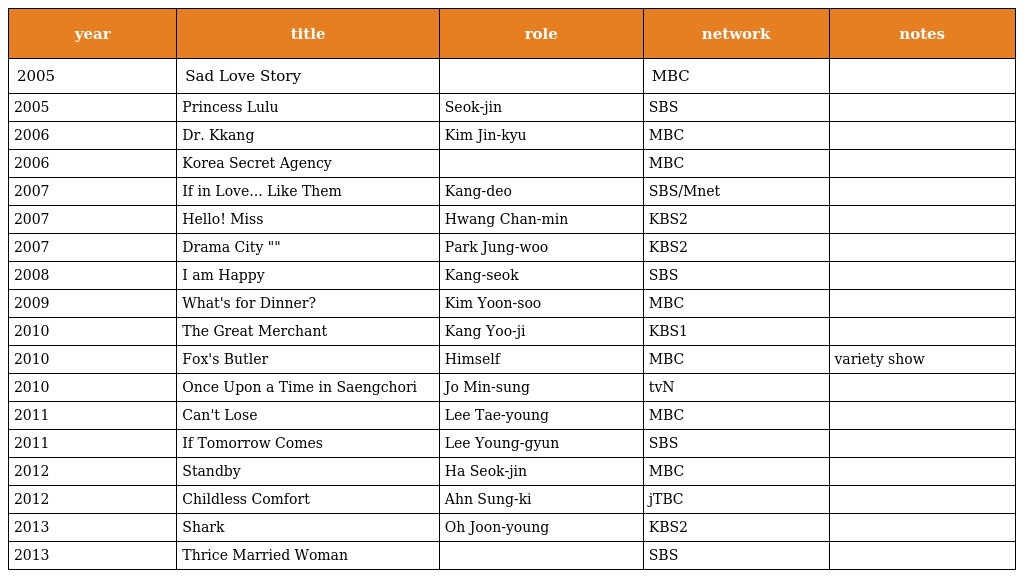
| year | title | role | network | notes |
 | --- | --- | --- | --- | --- |
 | 2005 | Sad Love Story |  | MBC |  |
 | 2005 | Princess Lulu | Seok-jin | SBS |  |
 | 2006 | Dr. Kkang | Kim Jin-kyu | MBC |  |
 | 2006 | Korea Secret Agency |  | MBC |  |
 | 2007 | If in Love... Like Them | Kang-deo | SBS/Mnet |  |
 | 2007 | Hello! Miss | Hwang Chan-min | KBS2 |  |
 | 2007 | Drama City "무공족구외전" | Park Jung-woo | KBS2 |  |
 | 2008 | I am Happy | Kang-seok | SBS |  |
 | 2009 | What's for Dinner? | Kim Yoon-soo | MBC |  |
 | 2010 | The Great Merchant | Kang Yoo-ji | KBS1 |  |
 | 2010 | Fox's Butler | Himself | MBC | variety show |
 | 2010 | Once Upon a Time in Saengchori | Jo Min-sung | tvN |  |
 | 2011 | Can't Lose | Lee Tae-young | MBC |  |
 | 2011 | If Tomorrow Comes | Lee Young-gyun | SBS |  |
 | 2012 | Standby | Ha Seok-jin | MBC |  |
 | 2012 | Childless Comfort | Ahn Sung-ki | jTBC |  |
 | 2013 | Shark | Oh Joon-young | KBS2 |  |
 | 2013 | Thrice Married Woman |  | SBS |  |